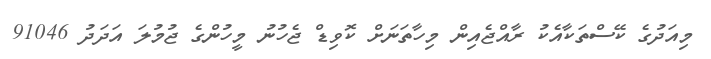
މިއަދުގެ ކޭސްތަކާއެކު ރާއްޖެއިން މިހާތަނަށް ކޮވިޑް ޖެހުނު މީހުންގެ ޖުމުލަ އަދަދު 91046